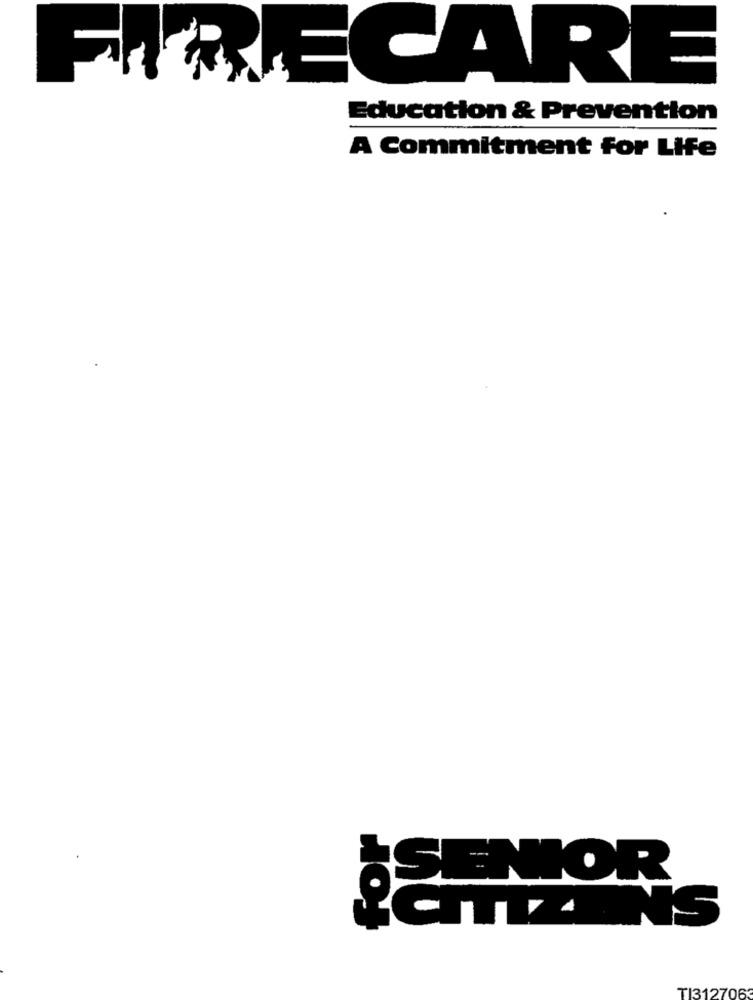
F
RECARE
Education & Prevention
A Commitment for Life
SENIOR
INS
TI3127063